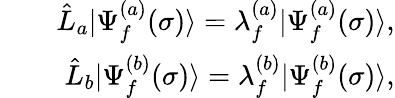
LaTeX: \begin{array}{rlr}&{}&{\hat{L}_{a}|\Psi_{f}^{(a)}(\sigma)\rangle=\lambda_{f}^{(a)}|\Psi_{f}^{(a)}(\sigma)\rangle,}\\ &{}&{\hat{L}_{b}|\Psi_{f}^{(b)}(\sigma)\rangle=\lambda_{f}^{(b)}|\Psi_{f}^{(b)}(\sigma)\rangle,}\end{array}